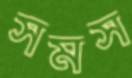
সমস